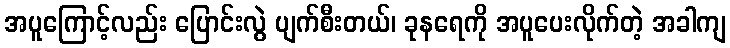
အပူကြောင့်လည်း ပြောင်းလွဲ ပျက်စီးတယ်၊ ခုနရေကို အပူပေးလိုက်တဲ့ အခါကျ